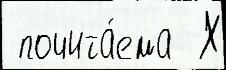
 почита́ема  Х